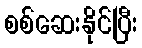
စစ်ဆေးနိုင်ပြီး